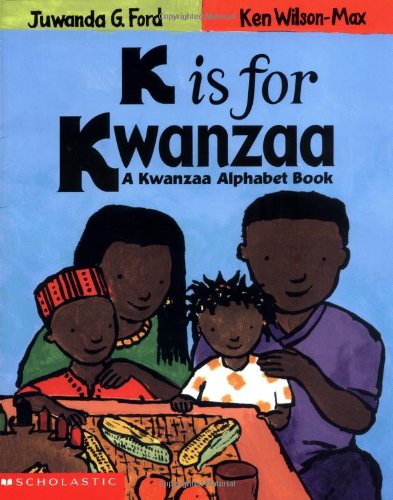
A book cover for K Is For Kwanzaa; Juwanda Ford; Children's Books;